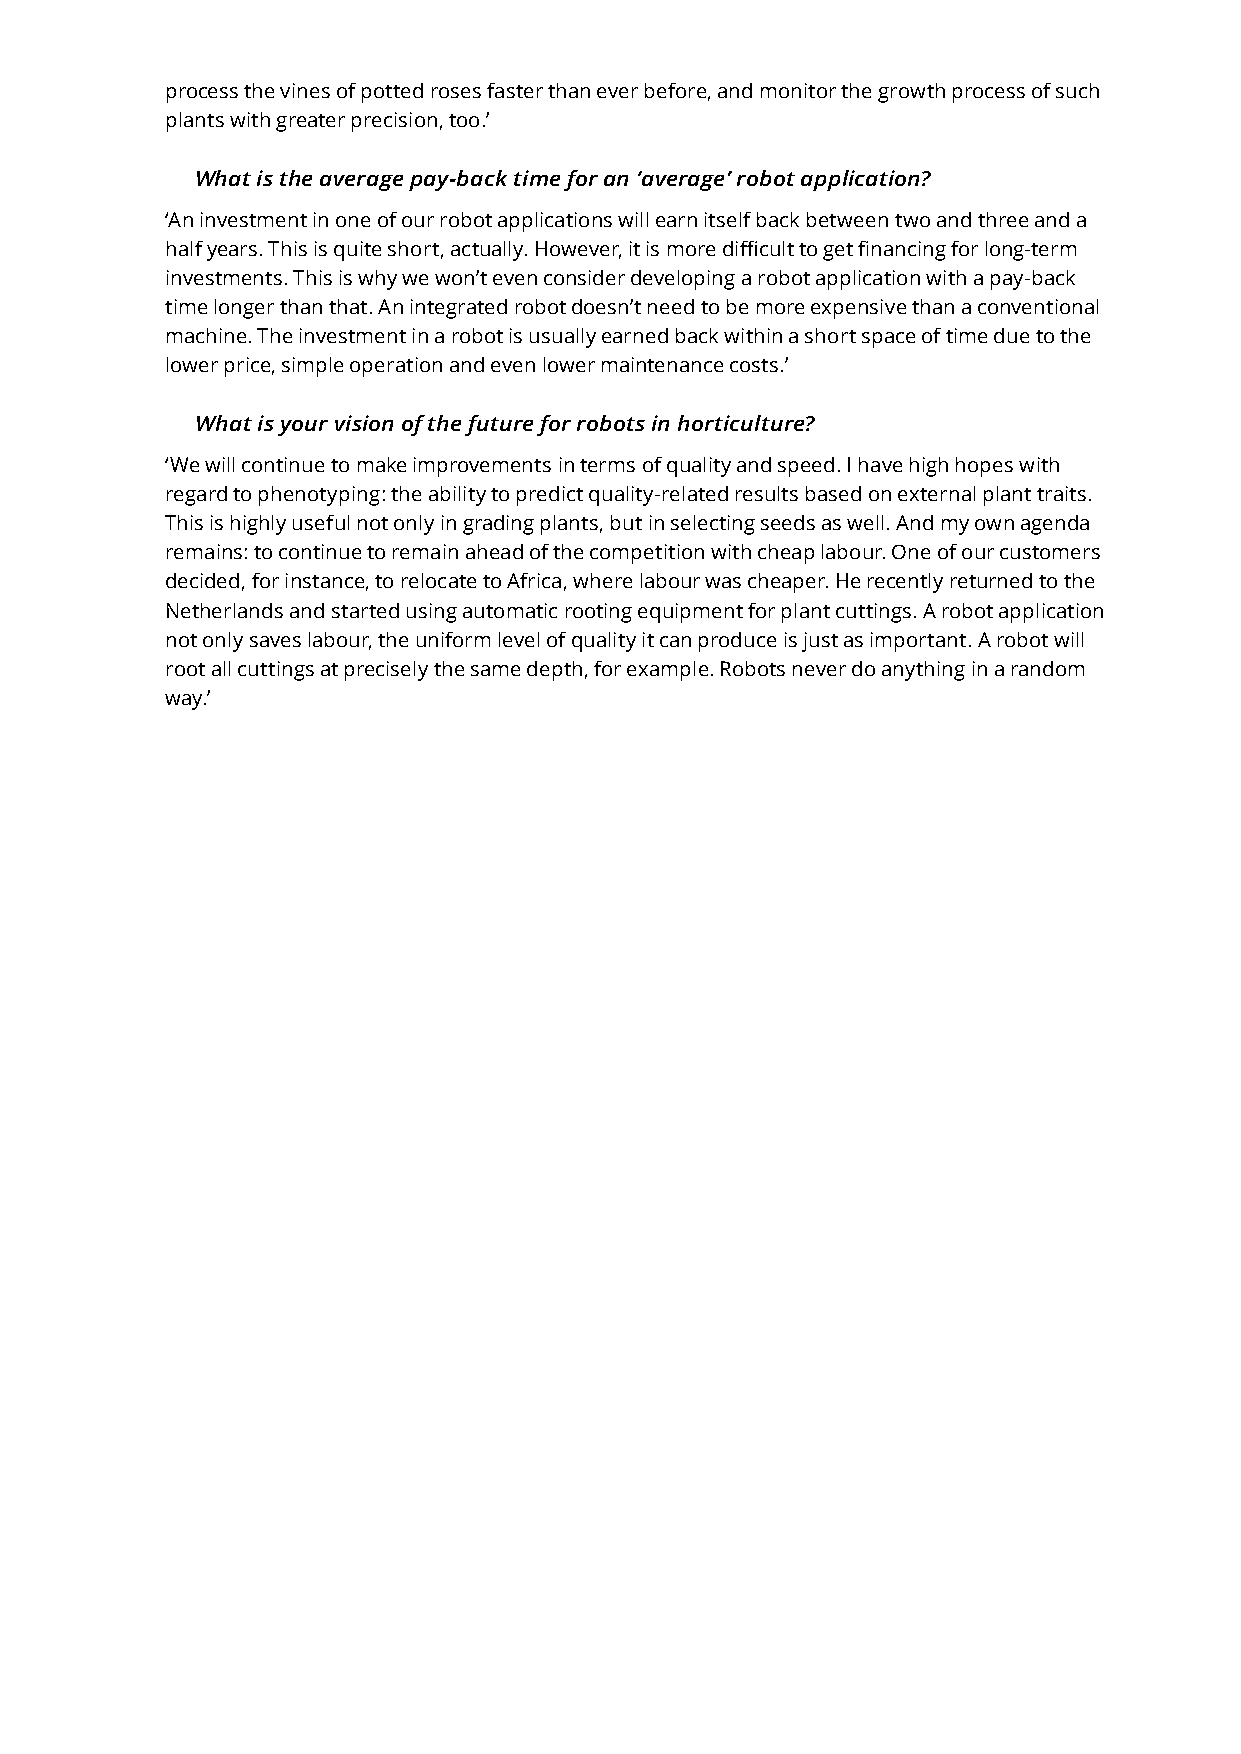
process the vines of potted roses faster than ever before, and monitor the growth process of such
 plants with greater precision, too.’
 What is the average pay-back time for an ‘average’ robot application?
 ‘An investment in one of our robot applications will earn itself back between two and three and a
 half years. This is quite short, actually. However, it is more difficult to get financing for long-term
 investments. This is why we won’t even consider developing a robot application with a pay-back
 time longer than that. An integrated robot doesn’t need to be more expensive than a conventional
 machine. The investment in a robot is usually earned back within a short space of time due to the
 lower price, simple operation and even lower maintenance costs.’
 What is your vision of the future for robots in horticulture?
 ‘We will continue to make improvements in terms of quality and speed. I have high hopes with
 regard to phenotyping: the ability to predict quality-related results based on external plant traits.
 This is highly useful not only in grading plants, but in selecting seeds as well. And my own agenda
 remains: to continue to remain ahead of the competition with cheap labour. One of our customers
 decided, for instance, to relocate to Africa, where labour was cheaper. He recently returned to the
 Netherlands and started using automatic rooting equipment for plant cuttings. A robot application
 not only saves labour, the uniform level of quality it can produce is just as important. A robot will
 root all cuttings at precisely the same depth, for example. Robots never do anything in a random
 way.’